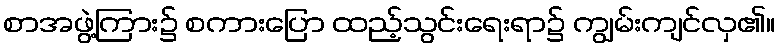
စာအဖွဲ့ကြား၌ စကားပြော ထည့်သွင်းရေးရာ၌ ကျွမ်းကျင်လှ၏။